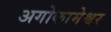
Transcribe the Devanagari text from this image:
अगोकामेश्वर